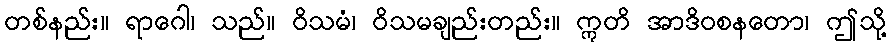
တစ်နည်း။ ရာဂေါ၊ သည်။ ဝိသမံ၊ ဝိသမချည်းတည်း။ ဣတိ အာဒိဝစနတော၊ ဤသို့